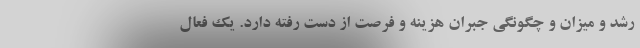
رشد و میزان و چگونگی جبران هزینه و فرصت از دست رفته دارد. یک فعال